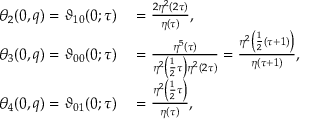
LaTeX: \begin{array} { r l } { \theta _ { 2 } ( 0 , q ) = \vartheta _ { 1 0 } ( 0 ; \tau ) } & { { } = { \frac { 2 \eta ^ { 2 } ( 2 \tau ) } { \eta ( \tau ) } } , } \\ { \theta _ { 3 } ( 0 , q ) = \vartheta _ { 0 0 } ( 0 ; \tau ) } & { { } = { \frac { \eta ^ { 5 } ( \tau ) } { \eta ^ { 2 } \left( { \frac { 1 } { 2 } } \tau \right) \eta ^ { 2 } ( 2 \tau ) } } = { \frac { \eta ^ { 2 } \left( { \frac { 1 } { 2 } } ( \tau + 1 ) \right) } { \eta ( \tau + 1 ) } } , } \\ { \theta _ { 4 } ( 0 , q ) = \vartheta _ { 0 1 } ( 0 ; \tau ) } & { { } = { \frac { \eta ^ { 2 } \left( { \frac { 1 } { 2 } } \tau \right) } { \eta ( \tau ) } } , } \end{array}